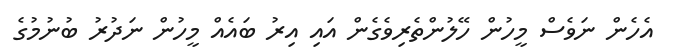
އެހެން ނަަވެސް މީހުން ހޭލުންތެރިވެގެން އައި އިރު ބައެއް މީހުން ނަދުރު ބުނުމުގެ